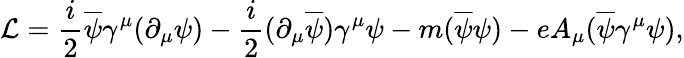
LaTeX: {\cal L}={\frac{i}{2}}\overline{{{\psi}}}\gamma^{\mu}(\partial_{\mu}\psi)-{\frac{i}{2}}(\partial_{\mu}\overline{{{\psi}}})\gamma^{\mu}\psi-m(\overline{{{\psi}}}\psi)-eA_{\mu}(\overline{{{\psi}}}\gamma^{\mu}\psi),